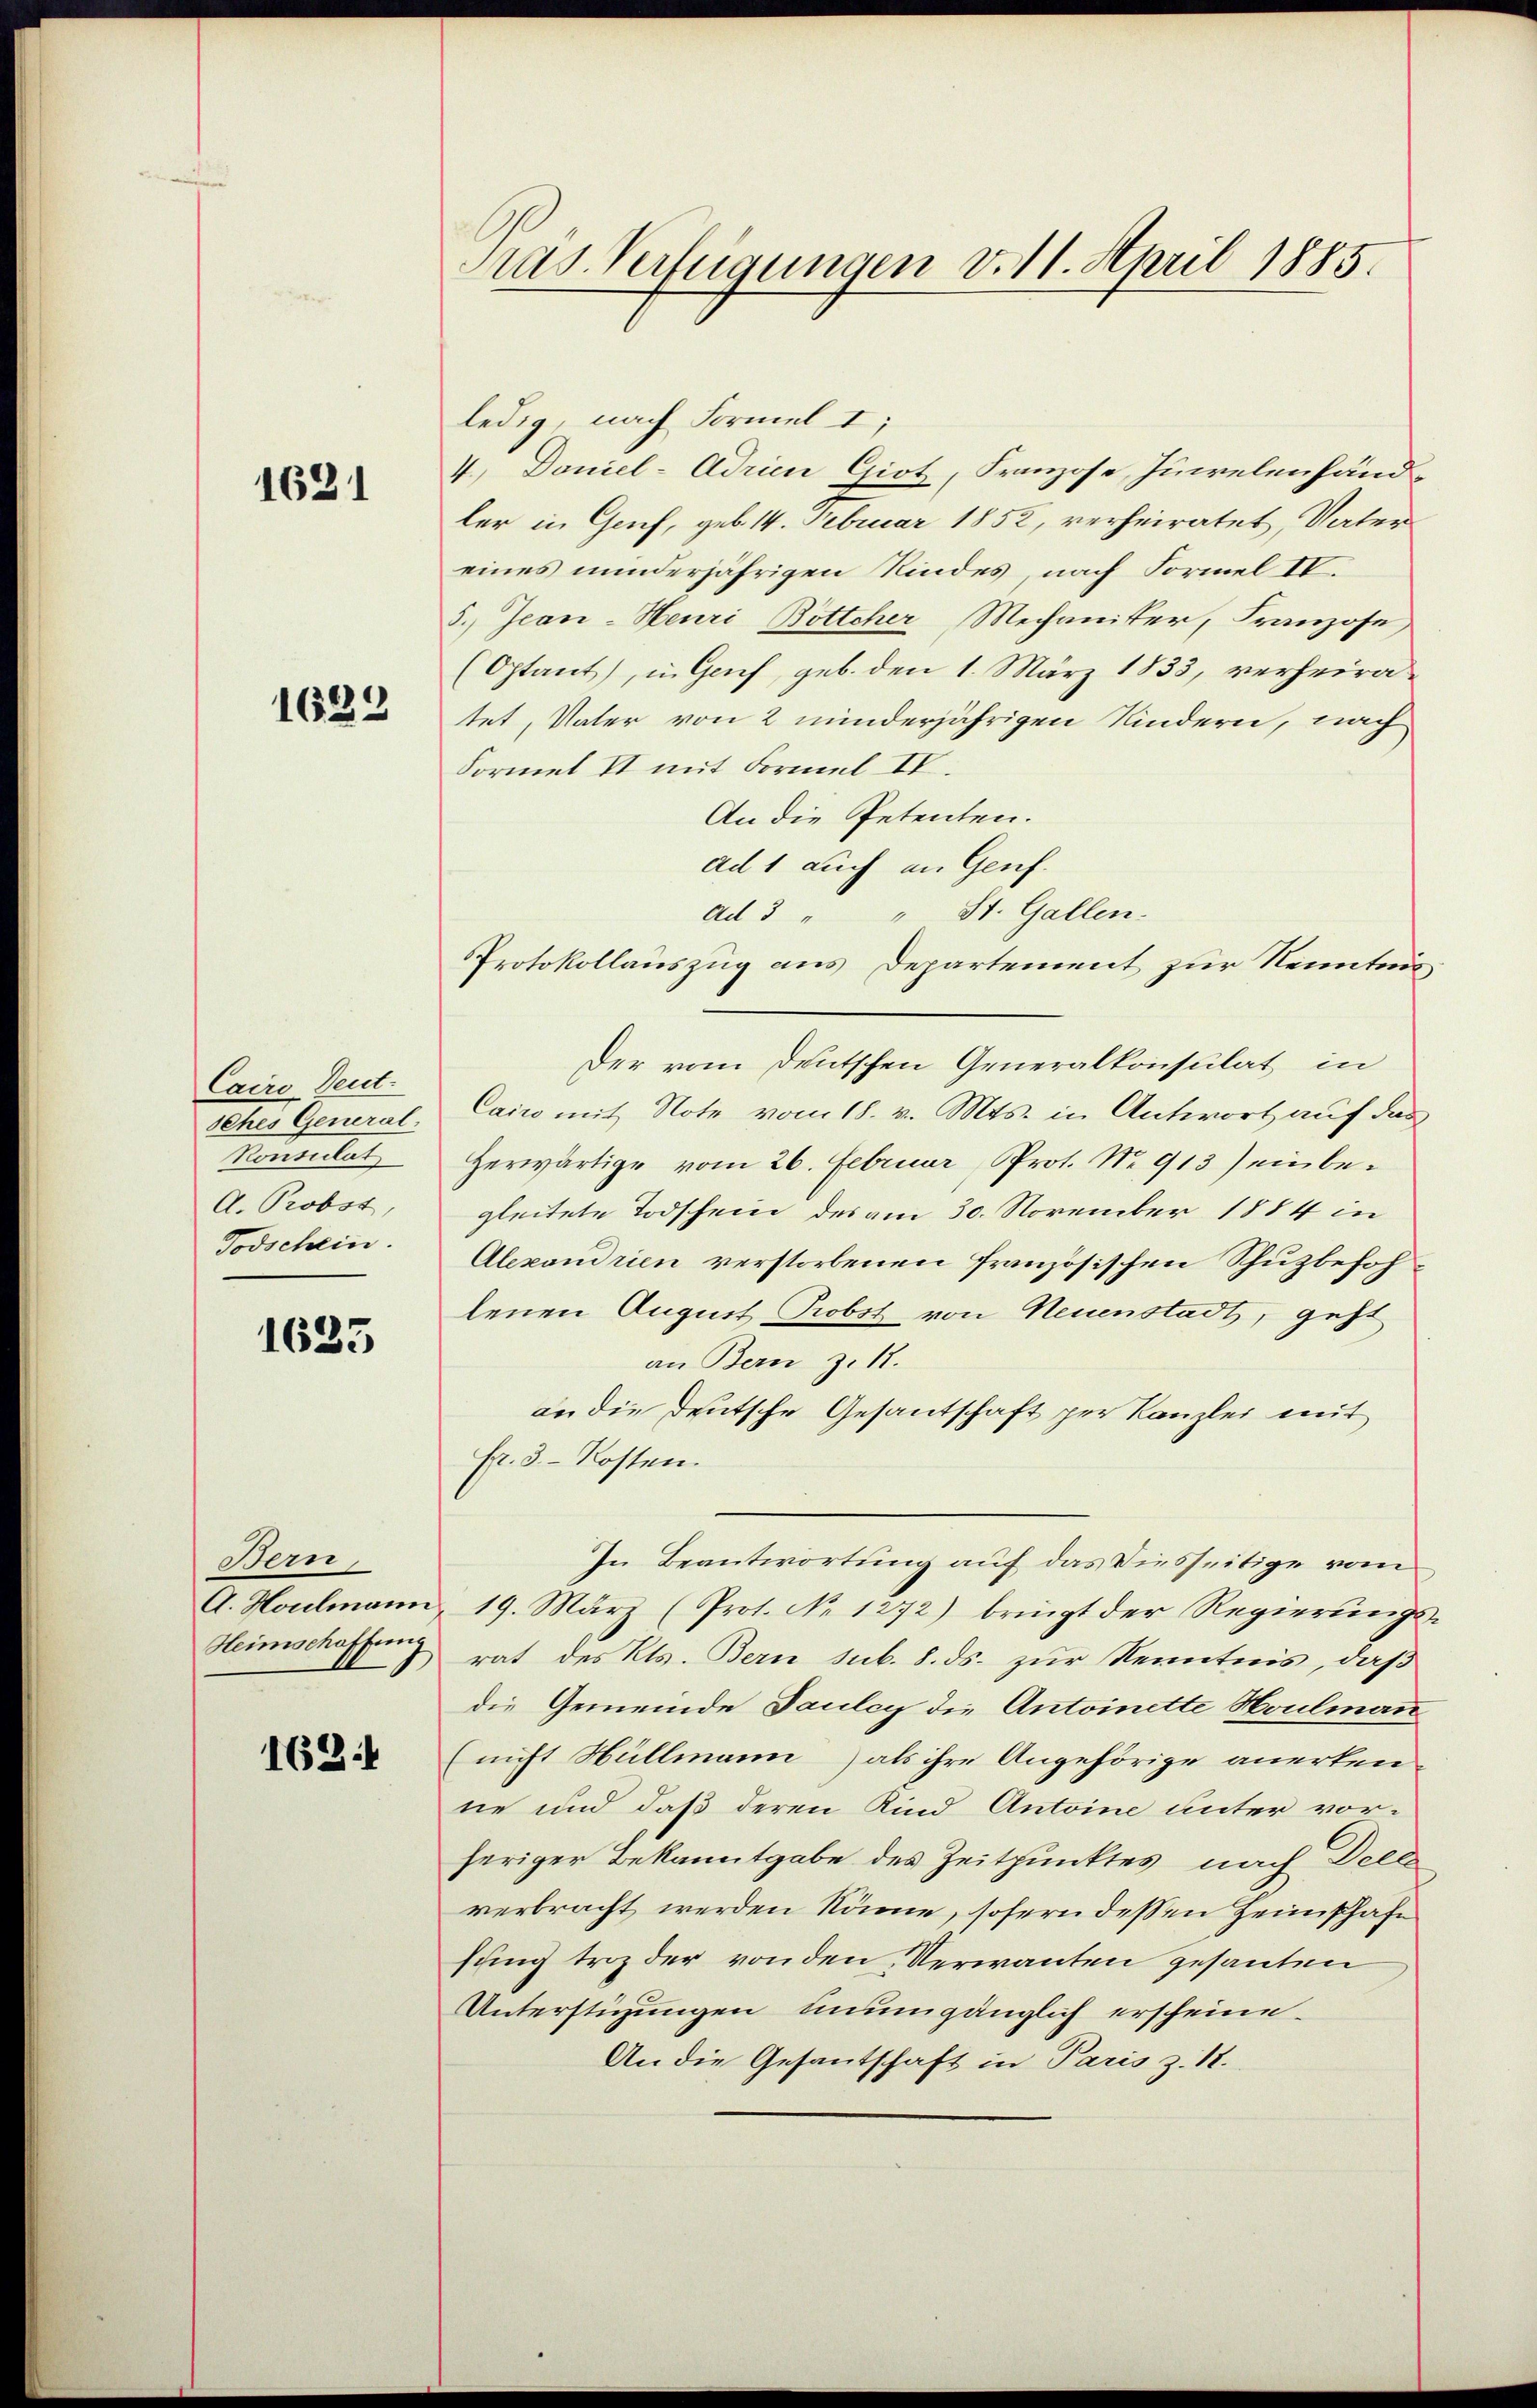
1621

1623

Cairo Deut
seher General-
Konsulat
A. Probst,
Todschein.

1633

Bern,
A. Houlmann
Heimschaffung

162.

Pras Verfügungen v. 11. April 1885.

ledig, nach Formel I;
V, Doniel-Adrien Giot, Franzose, Zielenhänd-
ler in Gruf, geb. 14. Februar 1852, verheiratet, Vater
eines minderjährigen Kindes, nach Formel IV.
5.) Jean-Heuri Bottcher Mechanister, Franzose,
(Optant, in Genf, geb. den 1. März 1833, verheiratet, Vater von 2 minderjährigen Kindern, nach
Formel II mit Formel IV.
An die Petenten.
ad 1 auch an Genf.
" St. Gallen.
ad 3
Protokollauszug aus Departement zur Kenntnis
Der vom Deutschen Generalkonsulat in
Cairo mit Note vom 18. v. Mts. in Antwort auf das
Herwärtige vom 26. Februar, Prot. No 913) einbegleitete Todschein des am 30. November 1884 in
Alexandrien verstorbenen Französischen Schuzbefohlenen August Probst von Neuenstadt, geht
an Bern z. 12.
an die Deutsche Gesantschaft per Kanzlei mit
Fr. 3. Kosten.
In Beantwortung auf das Diesseitige vom
19. März (Prot. No 1272) bringt der Regierungs-
rat des Kts. Bern sub. 8. ds. zur Kenntnis, daß
die Gemeinde Fauley die Antoinette Houlmann
(nicht Hüllmann) als ihre Angehörige anerken-
ne und daß deren Kind Antoine unter vorheriger Bekanntgabe des Zeitpunktes nach Dece
verbracht werden könne, sofern dessen Heimschaft
fung trz der von den Verwanten gesanten
Unterstüzungen unumgänglich erscheine¬
An die Gesantschaft in Paris z. 1.